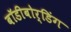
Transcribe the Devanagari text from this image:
बॉडीबोर्डिंग